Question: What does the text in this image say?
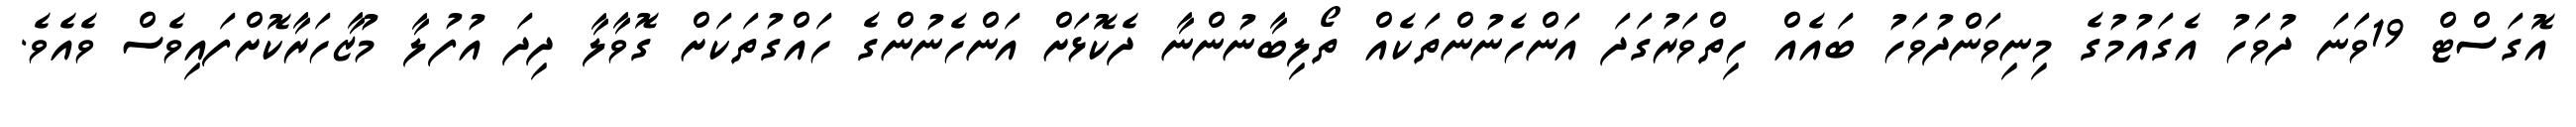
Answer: އޮގަސްޓް 19ވަނަ ދުވަހު އެގައުމުގެ މިނިވަންދުވަހު ބައެއް ހިތްވަރުގަދަ އަންހެނުންތަކެއް ތޯލިބާނުންނާ ދެކޮޅަށް އަންހެނުންގެ ހައްގުތަކަށް ގޮވާލާ ދިދަ އުފުލާ މުޒާހަރާކޮށްފައިވެސް ވެއެވެ.